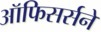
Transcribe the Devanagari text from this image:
ऑफिसर्सने